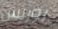
بوريس